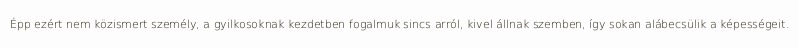
Épp ezért nem közismert személy, a gyilkosoknak kezdetben fogalmuk sincs arról, kivel állnak szemben, így sokan alábecsülik a képességeit.